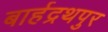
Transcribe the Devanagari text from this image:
बार्हद्रथपुर